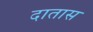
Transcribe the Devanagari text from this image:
दातास